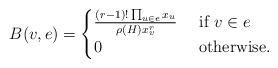
LaTeX: \begin{align*}B(v,e)=\begin{cases} \frac{(r-1)!\prod_{u\in e}x_u}{\rho(H) x_v^r} & \mbox{ if } v\in e\\ 0 & \mbox{ otherwise.}\end{cases}\end{align*}